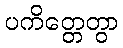
ပကိတ္တေတွာ